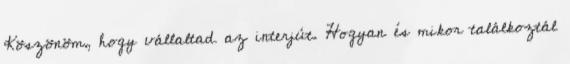
Köszönöm, hogy vállaltad az interjút. Hogyan és mikor találkoztál